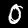
Label: 0